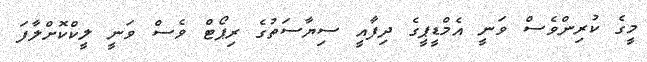
މީގެ ކުރިންވެސް ވަނީ އެމްޑީޕީގެ ދިފާއީ ސިޔާސަތުގެ ރިޕޯޓް ވެސް ވަނީ ލީކްކޮށްލާފަ